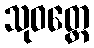
သုဝတ္ထေ